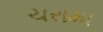
ચરામા